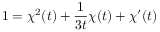
1 = \chi ^ { 2 } ( t ) + { \frac { 1 } { 3 t } } \chi ( t ) + \chi ^ { \prime } ( t )